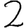
Digit: 2